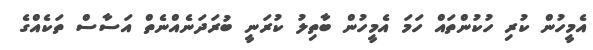
އެމީހުން ކުރި ހުކުންތައް ހަމަ އެމީހުން ބާތިލު ކުރަނީ ބުރަދަނެއްނެތް އަސާސް ތަކެއްގެ